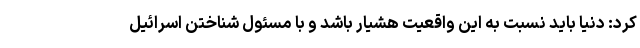
کرد: دنیا باید نسبت به این واقعیت هشیار باشد و با مسئول شناختن اسرائیل